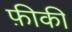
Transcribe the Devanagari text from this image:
फ़ीकी